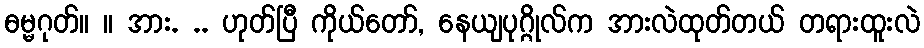
ဓမ္မဂုတ်။ ။ အား. .. ဟုတ်ပြီ ကိုယ်တော်, နေယျပုဂ္ဂိုလ်က အားလဲထုတ်တယ် တရားထူးလဲ